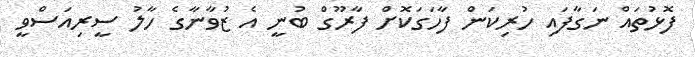
ފޮޅުތައް ނަގާފައި ހުރިކަން ފާހަގަކޮށް ފާރޫގް ބުނީ އެ ޒުވާނާގެ ހާލު ސީރިއަސްވީ